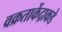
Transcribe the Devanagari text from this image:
वक्रताकेंद्राकडे